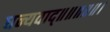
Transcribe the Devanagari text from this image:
धन्यवाद्॥॥॥॥॥।